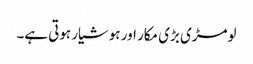
لومڑی بڑی مکار اور ہوشیار ہوتی ہے۔